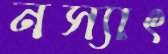
নস্যাৎ